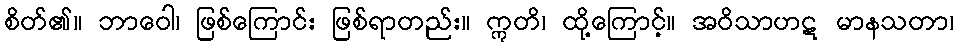
စိတ်၏။ ဘာဝေါ၊ ဖြစ်ကြောင်း ဖြစ်ရာတည်း။ ဣတိ၊ ထို့ကြောင့်။ အဝိသာဟဋ မာနသတာ၊